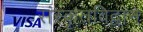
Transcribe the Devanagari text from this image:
संस्कृतविद्वान